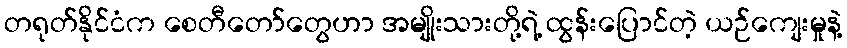
တရုတ်နိုင်ငံက စေတီတော်တွေဟာ အမျိုးသားတို့ရဲ့ ထွန်းပြောင်တဲ့ ယဉ်ကျေးမှုနဲ့